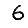
Digit: 6